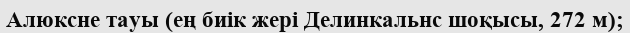
Алюксне тауы (ең биік жері Делинкальнс шоқысы, 272 м);